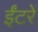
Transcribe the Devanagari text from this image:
ईंटरें